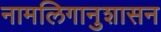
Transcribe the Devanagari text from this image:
नामलिगानुशासन